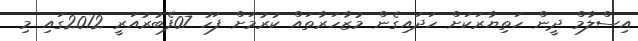
އިސްލާމް ދީން ހަތިޔާރަކަށް ހަދައިގެން މުޒާހަރާތައް ކުރުމަށް ފަހު 07ފެބުރުއަރީ 2012ގައި މި